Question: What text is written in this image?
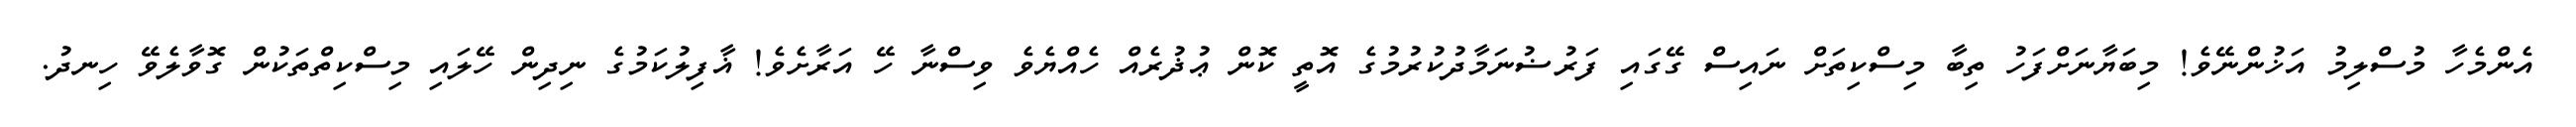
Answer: އެންމެހާ މުސްލިމު އަޚުންނޭވެ! މިބަޔާނަށްފަހު ތިބާ މިސްކިތަށް ނައިސް ގޭގައި ފަރުޟުނަމާދުކުރުމުގެ އޮތީ ކޮން ޢުޛުރެއް ހެއްޔެވެ ވިސްނާ ހޭ އަރާށެވެ! ޣާފިލުކަމުގެ ނިދިން ހޭލައި މިސްކިތްތަކުން ގޮވާލެވޭ ހިނދު.